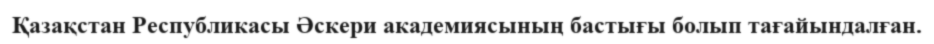
Қазақстан Республикасы Әскери академиясының бастығы болып тағайындалған.